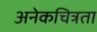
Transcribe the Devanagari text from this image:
अनेकचित्रता